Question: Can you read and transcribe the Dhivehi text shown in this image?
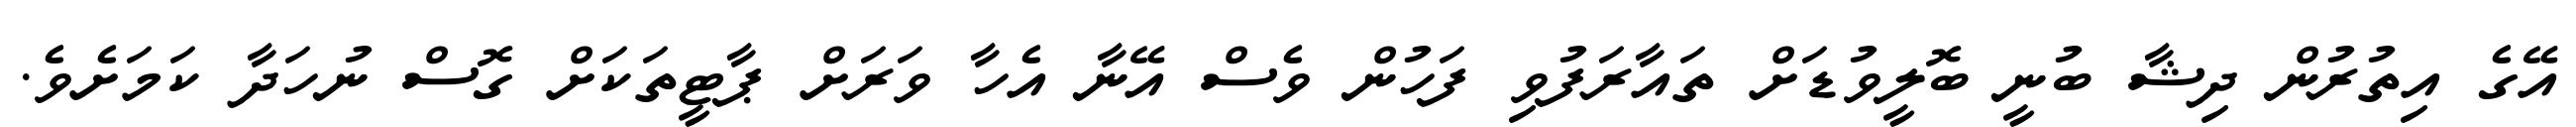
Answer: އޭގެ އިތުރުން ދިޝާ ބުނީ ބޮލީވުޑަށް ތައާރަފުވި ފަހުން ވެސް އޭނާ އެހާ ވަރަށް ޕާޓީތަކަށް ގޮސް ނުހަދާ ކަމަށެވެ.